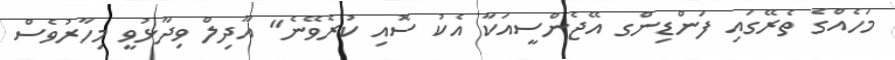
މަހެއްގެ ތެރޭގައި ފަންޑިންގ އޭޖެންސީއަކާ އެކު ސޮއި ކުރެވޭނެ" އާދިލް ވިދާޅުވީ މިހާރުވެސް